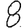
Digit: 8